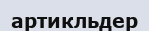
артикльдер